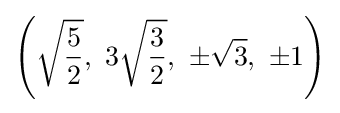
\left({\sqrt {\frac {5}{2}}},\ 3{\sqrt {\frac {3}{2}}},\ \pm {\sqrt {3}},\ \pm 1\right)